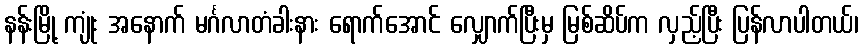
နန်းမြို့ ကျုံး အနောက် မင်္ဂလာတံခါးနား ရောက်အောင် လျှောက်ပြီးမှ မြစ်ဆိပ်က လှည့်ပြီး ပြန်လာပါတယ်၊